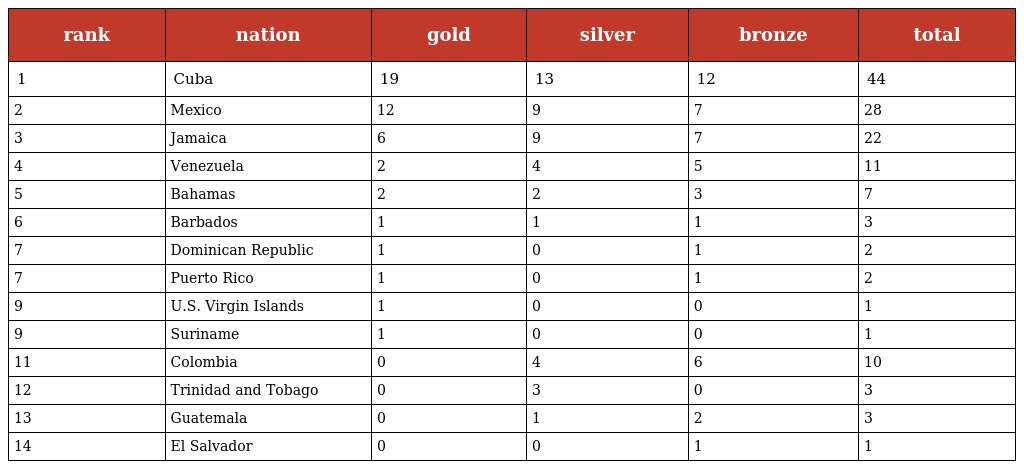
| rank | nation | gold | silver | bronze | total |
 | --- | --- | --- | --- | --- | --- |
 | 1 | Cuba | 19 | 13 | 12 | 44 |
 | 2 | Mexico | 12 | 9 | 7 | 28 |
 | 3 | Jamaica | 6 | 9 | 7 | 22 |
 | 4 | Venezuela | 2 | 4 | 5 | 11 |
 | 5 | Bahamas | 2 | 2 | 3 | 7 |
 | 6 | Barbados | 1 | 1 | 1 | 3 |
 | 7 | Dominican Republic | 1 | 0 | 1 | 2 |
 | 7 | Puerto Rico | 1 | 0 | 1 | 2 |
 | 9 | U.S. Virgin Islands | 1 | 0 | 0 | 1 |
 | 9 | Suriname | 1 | 0 | 0 | 1 |
 | 11 | Colombia | 0 | 4 | 6 | 10 |
 | 12 | Trinidad and Tobago | 0 | 3 | 0 | 3 |
 | 13 | Guatemala | 0 | 1 | 2 | 3 |
 | 14 | El Salvador | 0 | 0 | 1 | 1 |